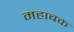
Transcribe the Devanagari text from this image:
महाबक